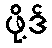
ဖို့ဒ်